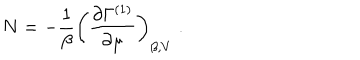
LaTeX: N = - \frac { 1 } { \beta } \left( \frac { \partial \Gamma ^ { ( 1 ) } } { \partial \mu } \right) _ { \beta , V } \; .